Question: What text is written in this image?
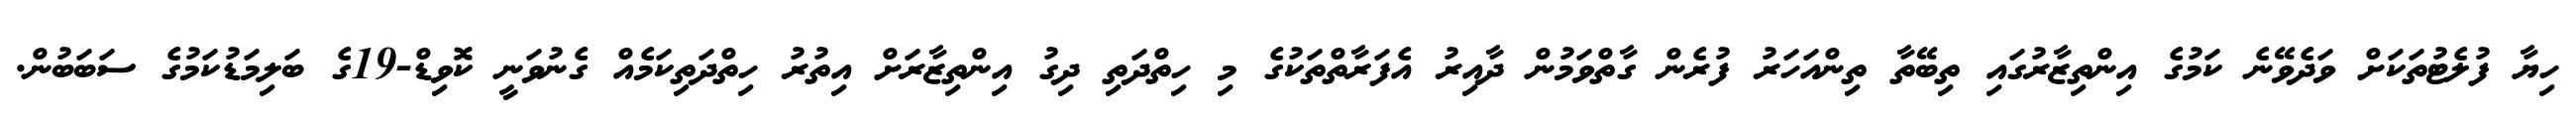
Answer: ހިޔާ ފުލެޓުތަކަށް ވަދެވޭނެ ކަމުގެ އިންތިޒާރުގައި ތިބޭތާ ތިންއަހަރު ފުރެން ގާތްވަމުން ދާއިރު އެފަރާތްތަކުގެ މި ހިތްދަތި ދިގު އިންތިޒާރަށް އިތުރު ހިތްދަތިކަމެއް ގެނުވަނީ ކޮވިޑް-19ގެ ބަލިމަޑުކަމުގެ ސަބަބުން.